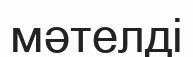
мәтелді